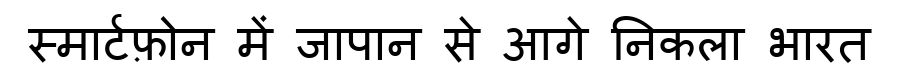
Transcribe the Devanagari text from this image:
स्मार्टफ़ोन में जापान से आगे निकला भारत